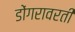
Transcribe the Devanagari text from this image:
डोंगरावरती